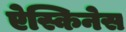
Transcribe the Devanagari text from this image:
ऐस्किनेस